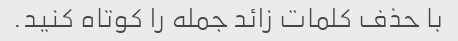
با حذف کلمات زائد جمله را کوتاه کنید.